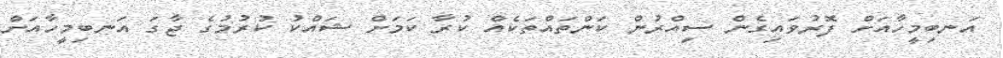
އަނބިމީހާއަށް ފޮރުވައިގެން ސިއްރުން ކަންތައްތަކެއް ކުރާ ކަމަށް ޝައްކު ކުރުމުގެ ޖާގަ އަނބިމީހާއަށް